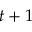
t + 1